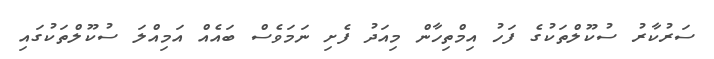
ސަރުކާރު ސުކޫލްތަކުގެ ފަހު އިމްތިހާން މިއަދު ފެށި ނަމަވެސް ބައެއް އަމިއްލަ ސުކޫލްތަކުގައި